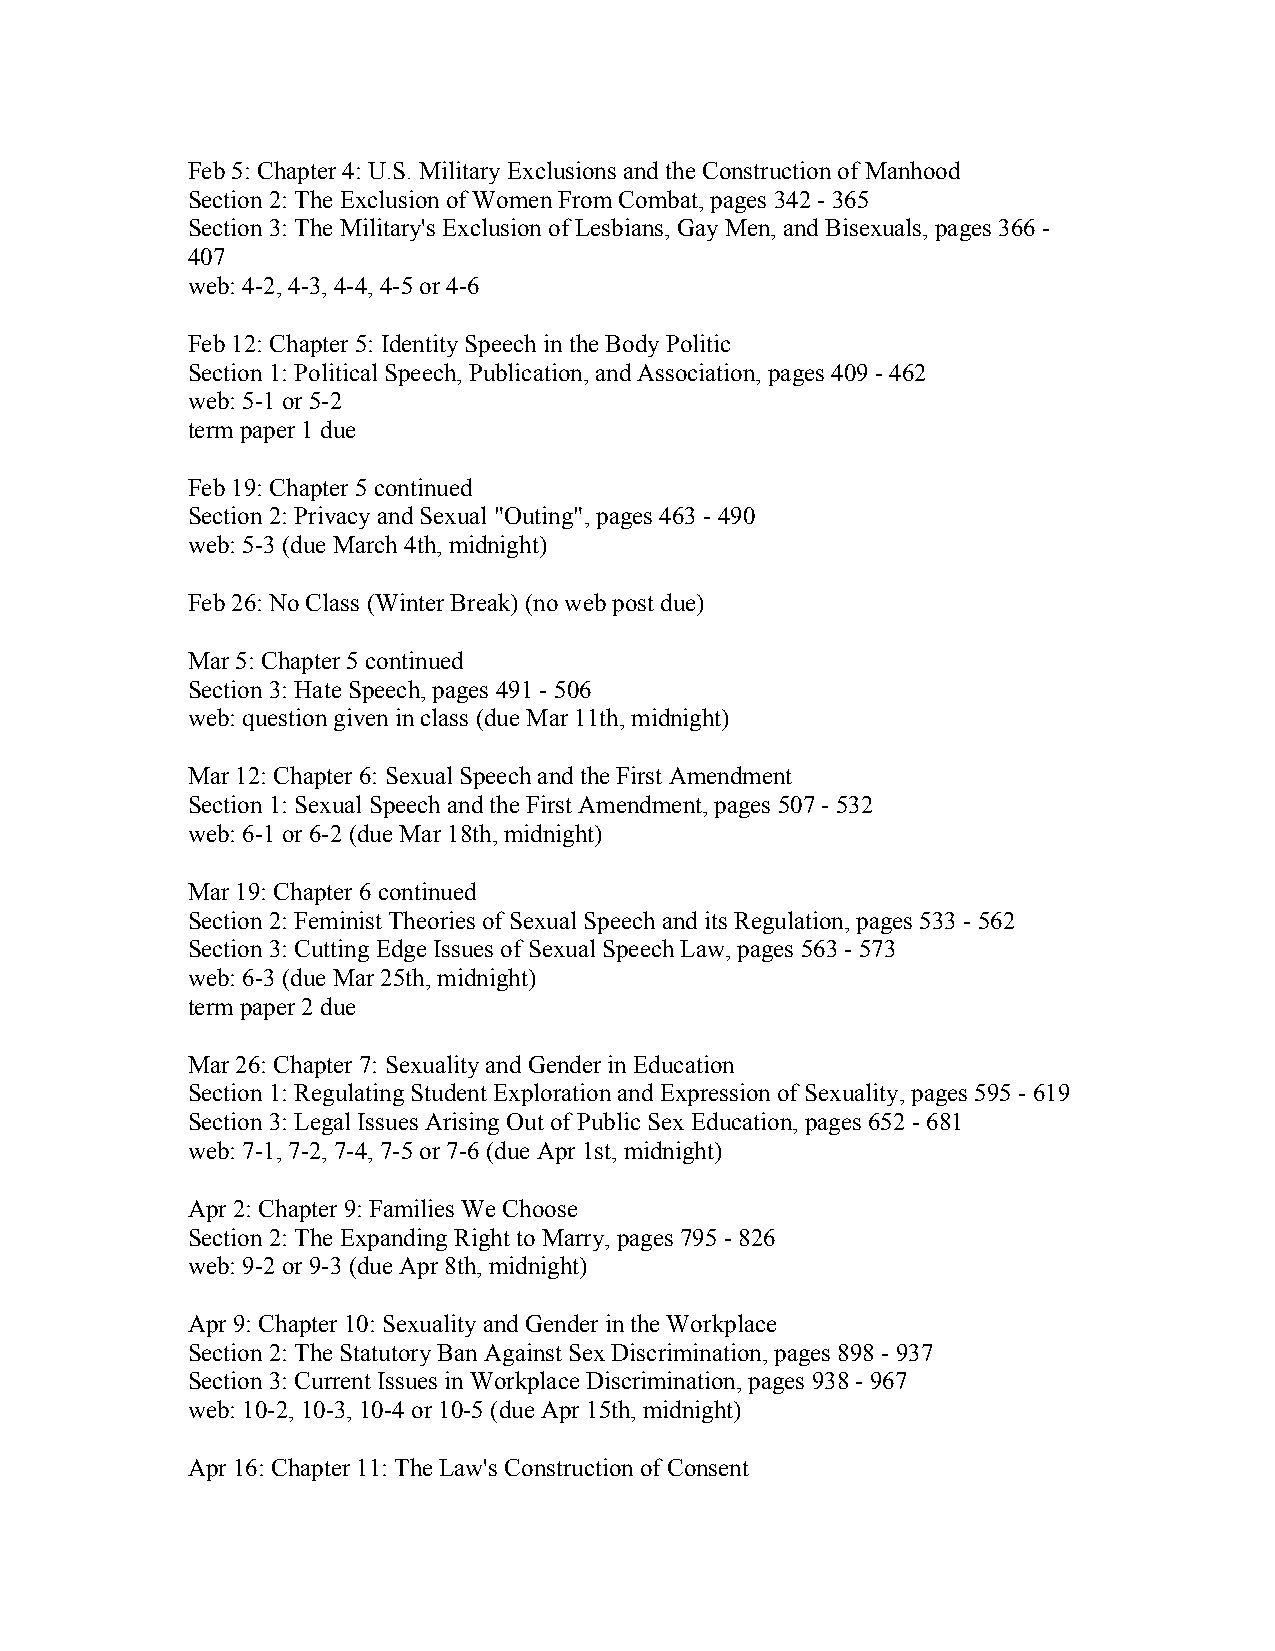
Feb 5: Chapter 4: U.S. Military Exclusions and the Construction of Manhood
 Section 2: The Exclusion of Women From Combat, pages 342 - 365
 Section 3: The Military's Exclusion of Lesbians, Gay Men, and Bisexuals, pages 366 -
 407
 web: 4-2, 4-3, 4-4, 4-5 or 4-6
 Feb 12: Chapter 5: Identity Speech in the Body Politic
 Section 1: Political Speech, Publication, and Association, pages 409 - 462
 web: 5-1 or 5-2
 term paper 1 due
 Feb 19: Chapter 5 continued
 Section 2: Privacy and Sexual "Outing", pages 463 - 490
 web: 5-3 (due March 4th, midnight)
 Feb 26: No Class (Winter Break) (no web post due)
 Mar 5: Chapter 5 continued
 Section 3: Hate Speech, pages 491 - 506
 web: question given in class (due Mar 11th, midnight)
 Mar 12: Chapter 6: Sexual Speech and the First Amendment
 Section 1: Sexual Speech and the First Amendment, pages 507 - 532
 web: 6-1 or 6-2 (due Mar 18th, midnight)
 Mar 19: Chapter 6 continued
 Section 2: Feminist Theories of Sexual Speech and its Regulation, pages 533 - 562
 Section 3: Cutting Edge Issues of Sexual Speech Law, pages 563 - 573
 web: 6-3 (due Mar 25th, midnight)
 term paper 2 due
 Mar 26: Chapter 7: Sexuality and Gender in Education
 Section 1: Regulating Student Exploration and Expression of Sexuality, pages 595 - 619
 Section 3: Legal Issues Arising Out of Public Sex Education, pages 652 - 681
 web: 7-1, 7-2, 7-4, 7-5 or 7-6 (due Apr 1st, midnight)
 Apr 2: Chapter 9: Families We Choose
 Section 2: The Expanding Right to Marry, pages 795 - 826
 web: 9-2 or 9-3 (due Apr 8th, midnight)
 Apr 9: Chapter 10: Sexuality and Gender in the Workplace
 Section 2: The Statutory Ban Against Sex Discrimination, pages 898 - 937
 Section 3: Current Issues in Workplace Discrimination, pages 938 - 967
 web: 10-2, 10-3, 10-4 or 10-5 (due Apr 15th, midnight)
 Apr 16: Chapter 11: The Law's Construction of Consent